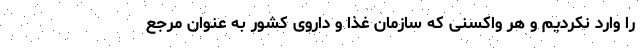
را وارد نکردیم و هر واکسنی که سازمان غذا و داروی کشور به عنوان مرجع